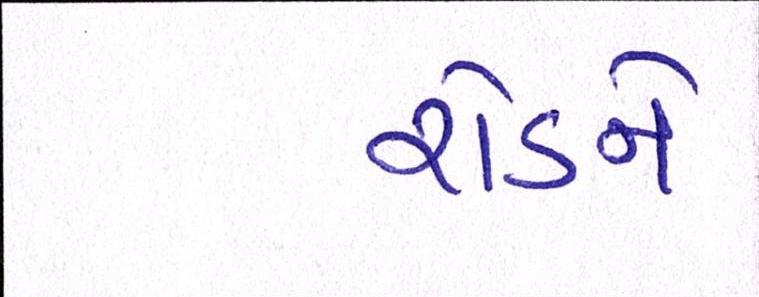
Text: રોડને